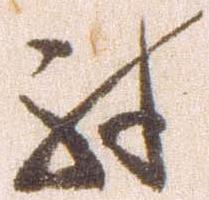
殊